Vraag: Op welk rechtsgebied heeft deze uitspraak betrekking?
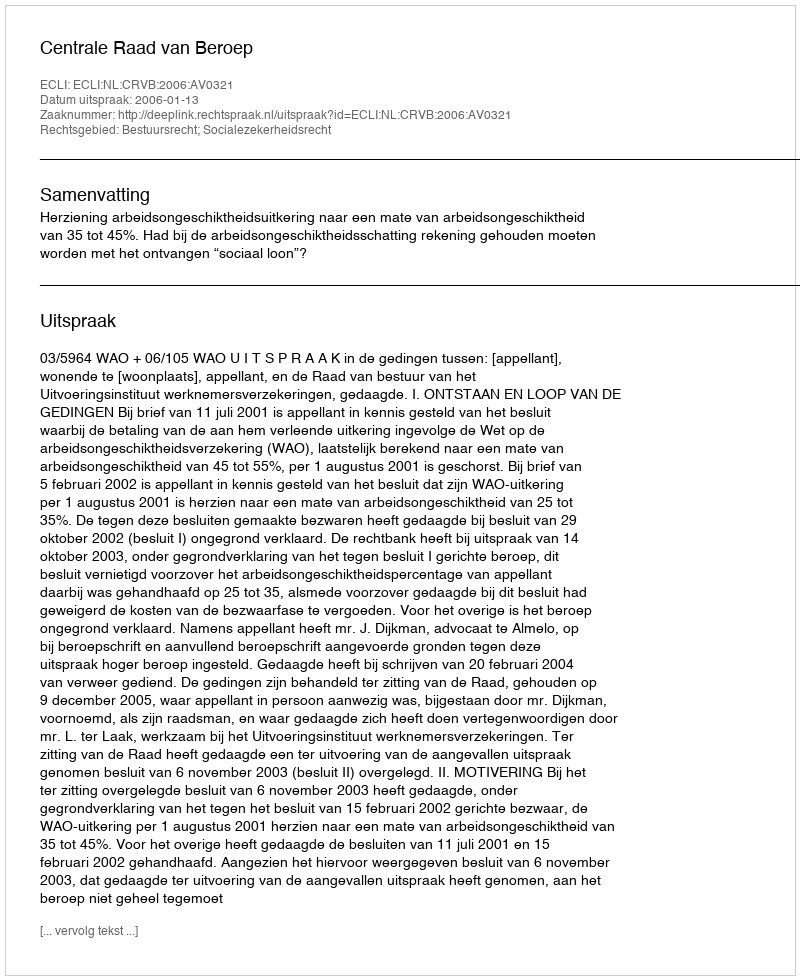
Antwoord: Bestuursrecht; Socialezekerheidsrecht